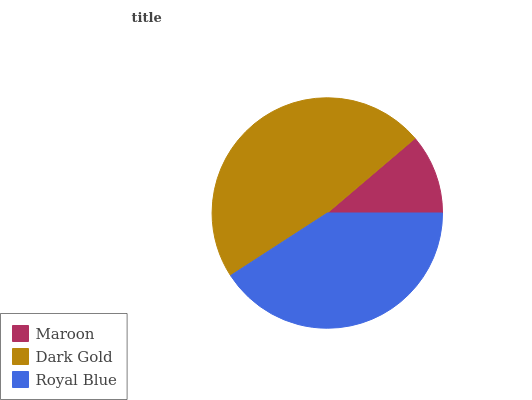
| Maroon | Dark Gold | Royal Blue |
 | --- | --- | --- |
 | 11.2% | 47.9% | 40.9% |